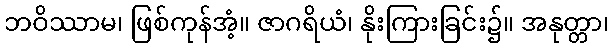
ဘဝိဿာမ၊ ဖြစ်ကုန်အံ့။ ဇာဂရိယံ၊ နိုးကြားခြင်း၌။ အနုတ္တာ၊